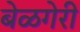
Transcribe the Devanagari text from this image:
बेळगेरी